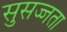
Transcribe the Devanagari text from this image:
सुसज्जता